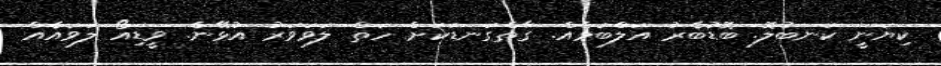
ކިޔަނީ ކަނބުލޮ. ބޮޑުބެރު އަލްބަމެއް. ގާތްގަނޑަކަށް ހަތް ލަވަވަރު އުޅޭނެ. ވީޑިއޯ ލަވައެއް